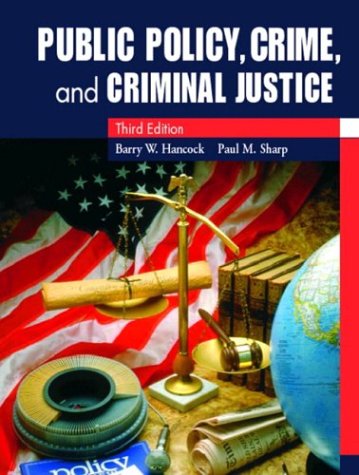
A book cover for Public Policy, Crime, and Criminal Justice (3rd Edition); Barry W. Hancock Ph.D.; Law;